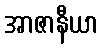
အာဇာနီယာ